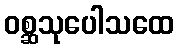
ဝစ္ဆသုပေါသထေ